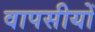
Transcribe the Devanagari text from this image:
वापसीयों